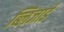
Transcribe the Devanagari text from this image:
ब्लिजार्ड